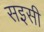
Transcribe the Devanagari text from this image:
सइसी